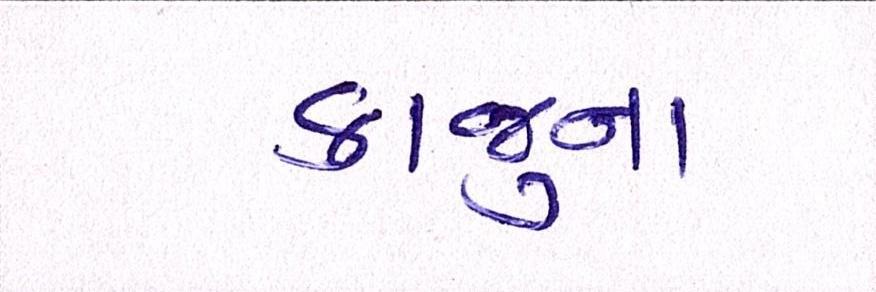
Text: કાજુના